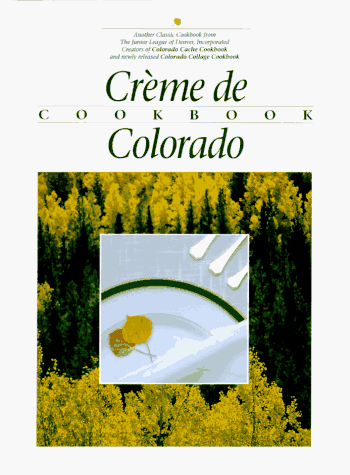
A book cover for Creme De Colorado Cookbook (Celebrating Twenty Five Years of Culinary Artistry); Junior League of Denver; Cookbooks, Food & Wine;